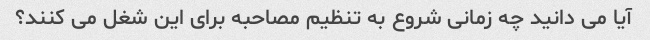
آیا می دانید چه زمانی شروع به تنظیم مصاحبه برای این شغل می کنند؟